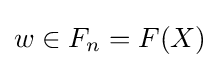
w\in F_{n}=F(X)